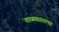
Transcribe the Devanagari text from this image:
वाळव्यातल्या